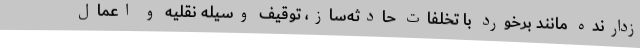
زدارنده مانند برخورد با تخلفات حادثه‌ساز، توقیف وسیله نقلیه و اعمال